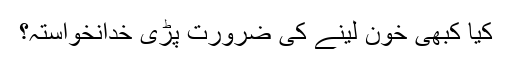
کیا کبھی خون لینے کی ضرورت پڑی خدانخواستہ؟